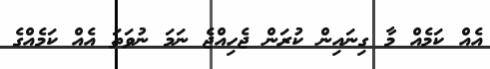
އެއް ކަމެއް މާ ގިނައިން ކުރަން ޖެހިއްޖެ ނަމަ ނުވަތަ އެއް ކަމެއްގެ